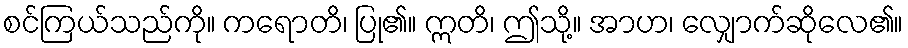
စင်ကြယ်သည်ကို။ ကရောတိ၊ ပြု၏။ ဣတိ၊ ဤသို့။ အာဟ၊ လျှောက်ဆိုလေ၏။